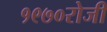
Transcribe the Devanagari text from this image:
१९७०रोजी